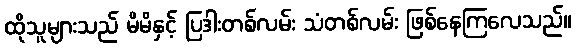
ထိုသူများသည် မိမိနှင့် ပြဒါးတစ်လမ်း သံတစ်လမ်း ဖြစ်နေကြလေသည်။